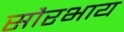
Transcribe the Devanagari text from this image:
सौरभाय